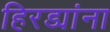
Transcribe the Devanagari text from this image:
हिरड्यांना